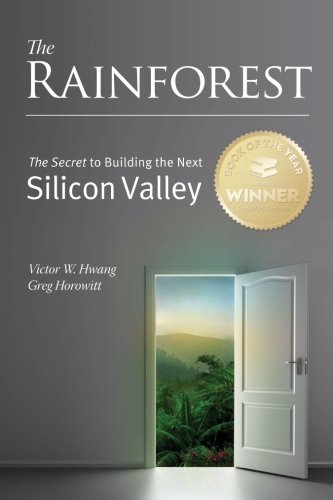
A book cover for The Rainforest: The Secret to Building the Next Silicon Valley; Victor W. Hwang; Business & Money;